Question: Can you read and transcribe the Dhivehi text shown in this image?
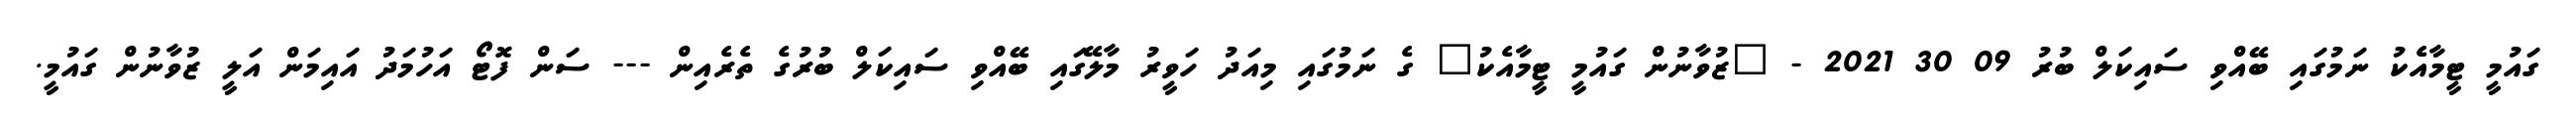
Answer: ގައުމީ ޓީމާއެކު ނަމުގައި ބޭއްވި ސައިކަލް ބުރު 09 30 2021 - "ޒުވާނުން ގައުމީ ޓީމާއެކު" ގެ ނަމުގައި މިއަދު ހަވީރު މާލޭގައި ބޭއްވި ސައިކަލް ބުރުގެ ތެރެއިން --- ސަން ފޮޓޯ އަހުމަދު އައިމަން އަލީ ޒުވާނުން ގައުމީ.